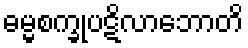
ဓမ္မစက္ခုပဋိလာဘောတိ